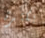
بكثرة